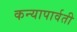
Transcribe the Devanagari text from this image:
कन्यापार्वती